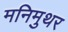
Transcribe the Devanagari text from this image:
मनिमुथर